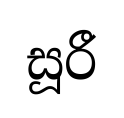
සූරී